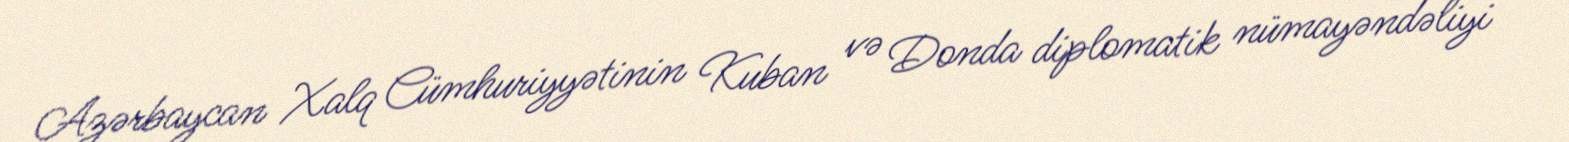
Azərbaycan Xalq Cümhuriyyətinin Kuban və Donda diplomatik nümayəndəliyi —